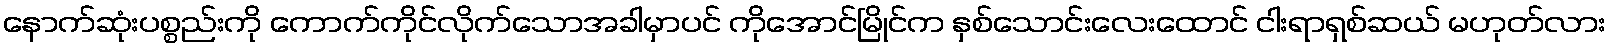
နောက်ဆုံးပစ္စည်းကို ကောက်ကိုင်လိုက်သောအခါမှာပင် ကိုအောင်မြိုင်က နှစ်သောင်းလေးထောင် ငါးရာရှစ်ဆယ် မဟုတ်လား